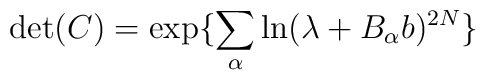
\det(C)= \exp \{ \sum_{\alpha} \ln( \lambda+B_{\alpha}b)^{2N} \}